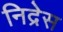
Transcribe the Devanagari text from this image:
निद्रेस